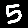
Digit: 5